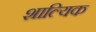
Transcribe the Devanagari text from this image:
शाल्यिक